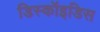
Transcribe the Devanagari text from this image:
डिस्कॉइडिस